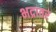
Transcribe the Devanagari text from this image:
भद्रावर